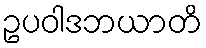
ဥပဝါဒဘယာတိ